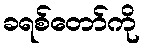
ခရစ်တော်ကို